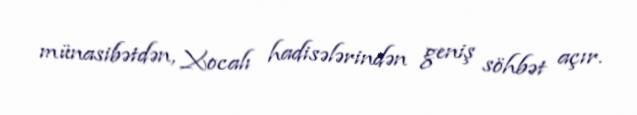
münasibətdən, Xocalı hadisələrindən geniş söhbət açır.